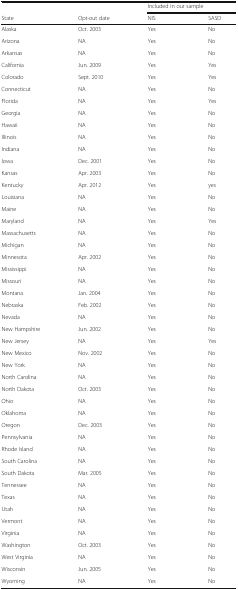
<table><thead><tr><td></td><td></td><td colspan="2"><b>Included in our sample</b></td></tr><tr><td><b>State</b></td><td><b>Opt-out date</b></td><td><b>NIS</b></td><td><b>SASD</b></td></tr></thead><tbody><tr><td>Alaska</td><td>Oct. 2003</td><td>Yes</td><td>No</td></tr><tr><td>Arizona</td><td>NA</td><td>Yes</td><td>No</td></tr><tr><td>Arkansas</td><td>NA</td><td>Yes</td><td>No</td></tr><tr><td>California</td><td>Jun. 2009</td><td>Yes</td><td>Yes</td></tr><tr><td>Colorado</td><td>Sept. 2010</td><td>Yes</td><td>Yes</td></tr><tr><td>Connecticut</td><td>NA</td><td>Yes</td><td>No</td></tr><tr><td>Florida</td><td>NA</td><td>Yes</td><td>Yes</td></tr><tr><td>Georgia</td><td>NA</td><td>Yes</td><td>No</td></tr><tr><td>Hawaii</td><td>NA</td><td>Yes</td><td>No</td></tr><tr><td>Illinois</td><td>NA</td><td>Yes</td><td>No</td></tr><tr><td>Indiana</td><td>NA</td><td>Yes</td><td>No</td></tr><tr><td>Iowa</td><td>Dec. 2001</td><td>Yes</td><td>No</td></tr><tr><td>Kansas</td><td>Apr. 2003</td><td>Yes</td><td>No</td></tr><tr><td>Kentucky</td><td>Apr. 2012</td><td>Yes</td><td>yes</td></tr><tr><td>Louisiana</td><td>NA</td><td>Yes</td><td>No</td></tr><tr><td>Maine</td><td>NA</td><td>Yes</td><td>No</td></tr><tr><td>Maryland</td><td>NA</td><td>Yes</td><td>Yes</td></tr><tr><td>Massachusetts</td><td>NA</td><td>Yes</td><td>No</td></tr><tr><td>Michigan</td><td>NA</td><td>Yes</td><td>No</td></tr><tr><td>Minnesota</td><td>Apr. 2002</td><td>Yes</td><td>No</td></tr><tr><td>Mississippi</td><td>NA</td><td>Yes</td><td>No</td></tr><tr><td>Missouri</td><td>NA</td><td>Yes</td><td>No</td></tr><tr><td>Montana</td><td>Jan. 2004</td><td>Yes</td><td>No</td></tr><tr><td>Nebraska</td><td>Feb. 2002</td><td>Yes</td><td>No</td></tr><tr><td>Nevada</td><td>NA</td><td>Yes</td><td>No</td></tr><tr><td>New Hampshire</td><td>Jun. 2002</td><td>Yes</td><td>No</td></tr><tr><td>New Jersey</td><td>NA</td><td>Yes</td><td>Yes</td></tr><tr><td>New Mexico</td><td>Nov. 2002</td><td>Yes</td><td>No</td></tr><tr><td>New York</td><td>NA</td><td>Yes</td><td>No</td></tr><tr><td>North Carolina</td><td>NA</td><td>Yes</td><td>No</td></tr><tr><td>North Dakota</td><td>Oct. 2003</td><td>Yes</td><td>No</td></tr><tr><td>Ohio</td><td>NA</td><td>Yes</td><td>No</td></tr><tr><td>Oklahoma</td><td>NA</td><td>Yes</td><td>No</td></tr><tr><td>Oregon</td><td>Dec. 2003</td><td>Yes</td><td>No</td></tr><tr><td>Pennsylvania</td><td>NA</td><td>Yes</td><td>No</td></tr><tr><td>Rhode Island</td><td>NA</td><td>Yes</td><td>No</td></tr><tr><td>South Carolina</td><td>NA</td><td>Yes</td><td>No</td></tr><tr><td>South Dakota</td><td>Mar. 2005</td><td>Yes</td><td>No</td></tr><tr><td>Tennessee</td><td>NA</td><td>Yes</td><td>No</td></tr><tr><td>Texas</td><td>NA</td><td>Yes</td><td>No</td></tr><tr><td>Utah</td><td>NA</td><td>Yes</td><td>No</td></tr><tr><td>Vermont</td><td>NA</td><td>Yes</td><td>No</td></tr><tr><td>Virginia</td><td>NA</td><td>Yes</td><td>No</td></tr><tr><td>Washington</td><td>Oct. 2003</td><td>Yes</td><td>No</td></tr><tr><td>West Virginia</td><td>NA</td><td>Yes</td><td>No</td></tr><tr><td>Wisconsin</td><td>Jun. 2005</td><td>Yes</td><td>No</td></tr><tr><td>Wyoming</td><td>NA</td><td>Yes</td><td>No</td></tr></tbody></table>